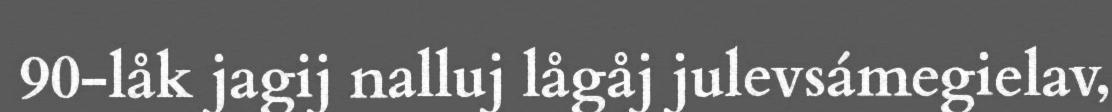
90-låk jagij nalluj lågåj julevsámegielav,